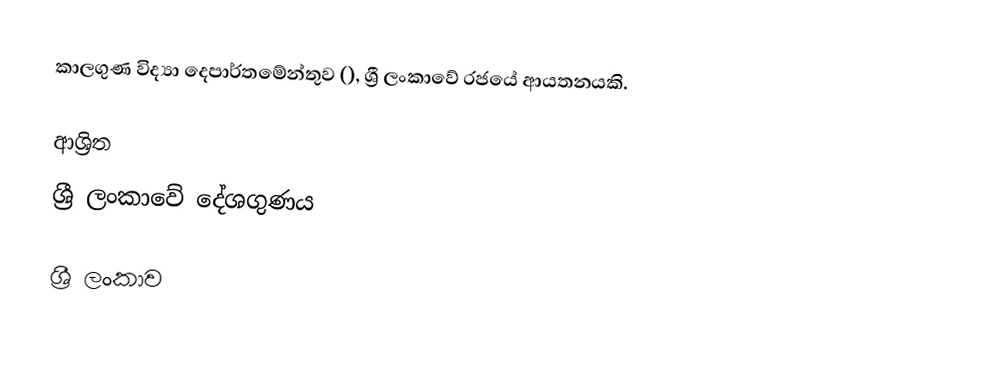
කාලගුණ විද්‍යා දෙපාර්තමේන්තුව (), ශ්‍රී ලංකාවේ රජයේ ආයතනයකි.

ආශ්‍රිත
 ශ්‍රී ලංකාවේ දේශගුණය

ශ්‍රී ලංකාව